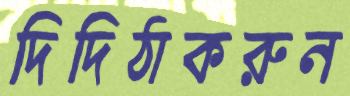
দিদিঠাকরুন